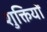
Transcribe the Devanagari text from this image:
शुक्तियों